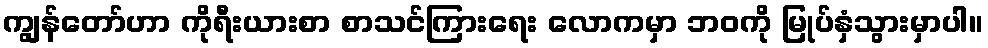
ကျွန်တော်ဟာ ကိုရီးယားစာ စာသင်ကြားရေး လောကမှာ ဘဝကို မြုပ်နှံသွားမှာပါ။